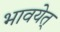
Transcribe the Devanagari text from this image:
भावयेत्‌